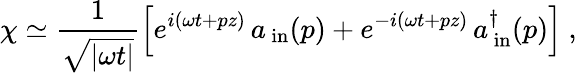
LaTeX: \chi\simeq\frac{1}{\sqrt{|\omega t|}}\left[e^{i(\omega t+pz)}\, a_{\, \mathrm{in}}(p)+e^{-i(\omega t+pz)}\, a_{\, \mathrm{in}}^{\dagger}(p)\right]\ ,